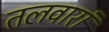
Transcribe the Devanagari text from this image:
तलवारां